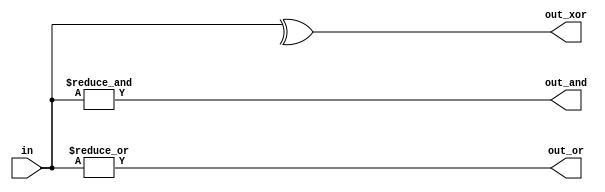
module gates100 (
  input [99:0] in,
  output out_and,
  output out_or,
  output out_xor

);

  assign out_and = &in;
  assign out_or = |in;
  assign out_xor = ^in;

endmodule